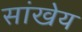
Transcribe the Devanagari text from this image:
सांखेय